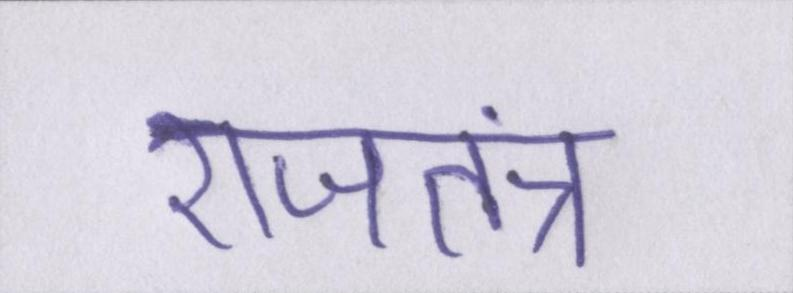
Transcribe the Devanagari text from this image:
राजतंत्र